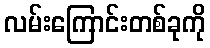
လမ်းကြောင်းတစ်ခုကို